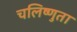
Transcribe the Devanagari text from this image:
चलिष्णुता